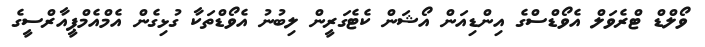
ވޯލްޑް ޓްރެވަލް އެވޯޑްސްގެ އިންޑިއަން އޯޝަން ކެޓެގަރީން ލިބުނު އެވޯޑްތަކާ ގުޅިގެން އެމްއެމްޕީއާރްސީގެ